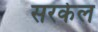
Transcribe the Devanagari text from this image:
सरकेल